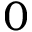
0